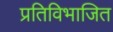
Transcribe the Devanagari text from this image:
प्रतिविभाजित